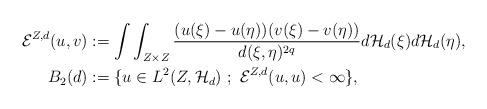
LaTeX: \begin{align*} \mathcal{E}^{Z,d}(u,v)&:=\int\int_{Z\times Z}\frac{(u(\xi)-u(\eta))(v(\xi)-v(\eta))}{d(\xi,\eta)^{2q}} d\mathcal{H}_{d}(\xi)d\mathcal{H}_{d}(\eta),\\ B_2(d)&:=\{u\in L^2(Z,\mathcal{H}_{d})\ ;\ \mathcal{E}^{Z,d}(u,u)<\infty\}, \end{align*}